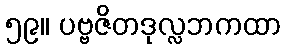
၅၉။ ပဗ္ဗဇိတဒုလ္လဘကထာ